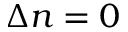
\Delta n = 0